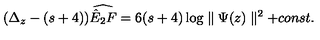
( \Delta _ { z } - ( s + 4 ) ) \widehat { \hat { E } _ { 2 } F } = 6 ( s + 4 ) \log \parallel \Psi ( z ) \parallel ^ { 2 } + c o n s t .